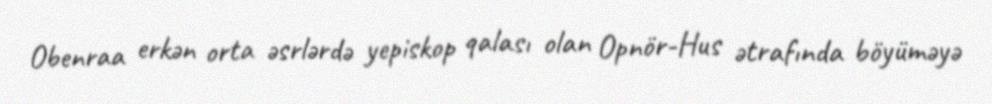
Obenraa erkən orta əsrlərdə yepiskop qalası olan Opnör-Hus ətrafında böyüməyə